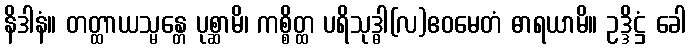
နိဒါနံ။ တတ္ထာယသ္မန္တေ ပုစ္ဆာမိ၊ ကစ္စိတ္ထ ပရိသုဒ္ဓါ(လ)ဧဝမေတံ ဓာရယာမိ။ ဥဒ္ဒိဋ္ဌံ ခေါ